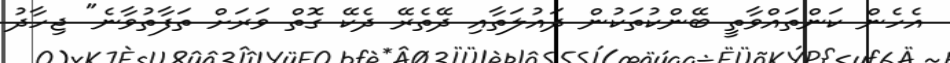
އެހެން ކަންތައްވާތީ ބޭންކުތަކުން ދައުލަތާއި ދޭތެރޭ ދެކޭ ގޮތް ވަރަށް ތަފާތުވާނެ" ޖިހާދު